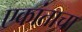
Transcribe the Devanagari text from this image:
एकांताचा